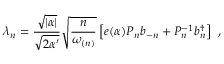
\lambda _ { n } = \frac { \sqrt { | \alpha | } } { \sqrt { 2 \alpha ^ { \prime } } } \sqrt { \frac { n } { \omega _ { ( n ) } } } \left[ e ( \alpha ) P _ { n } b _ { - n } + P _ { n } ^ { - 1 } b _ { n } ^ { \dagger } \right] ~ ,